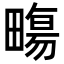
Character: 𤳈